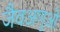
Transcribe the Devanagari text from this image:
जैवअणुओं